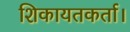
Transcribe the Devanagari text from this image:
शिकायतकर्ता।